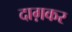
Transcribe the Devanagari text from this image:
दाग़कर